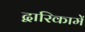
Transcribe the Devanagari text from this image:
द्वारिकामें